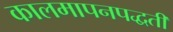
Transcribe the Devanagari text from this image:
कालमापनपद्धती